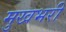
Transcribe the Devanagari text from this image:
मुखभरी